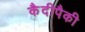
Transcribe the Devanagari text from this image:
कैदीपैकी